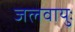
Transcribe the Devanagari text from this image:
जलवायुः